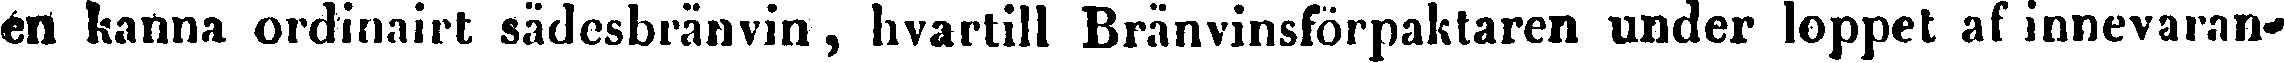
en kanna ordinairt sädesbränvin, hvartill Bränvinsförpaktaren under loppet af innevaran-